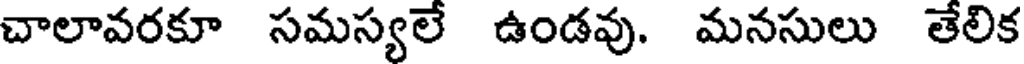
చాలావరకూ సమస్యలే ఉండవు. మనసులు తేలిక